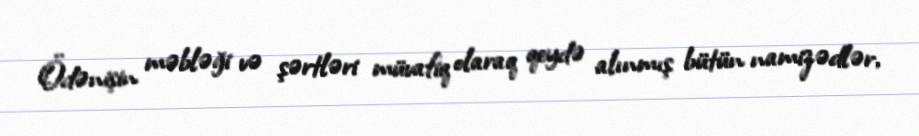
Ödənişin məbləği və şərtləri müvafiq olaraq qeydə alınmış bütün namizədlər,